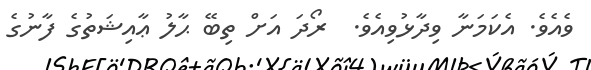
ވެއެވެ. އެކަމަނާ ވިދާޅުވިއެވެ.  ރޯދަ އަށް ތިބޭ ޙާލު ޢާއިޝަތުގެ ފާނުގެ